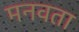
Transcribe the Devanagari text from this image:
मनवता